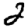
Digit: 2